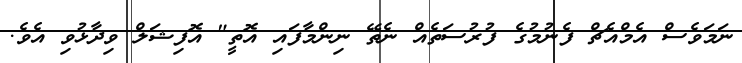
ނަމަވެސް އެމްއެޗް ފެނުމުގެ ފުރުސަތެއް ނެތޭ ނިންމާފައި އޮތީ" އޮފިޝަލް ވިދާޅުވި އެވެ.